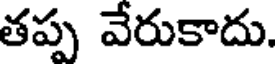
తప్ప వేరుకాదు.